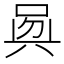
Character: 𠶵